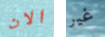
الان غير